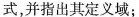
式，并指出其定义域；